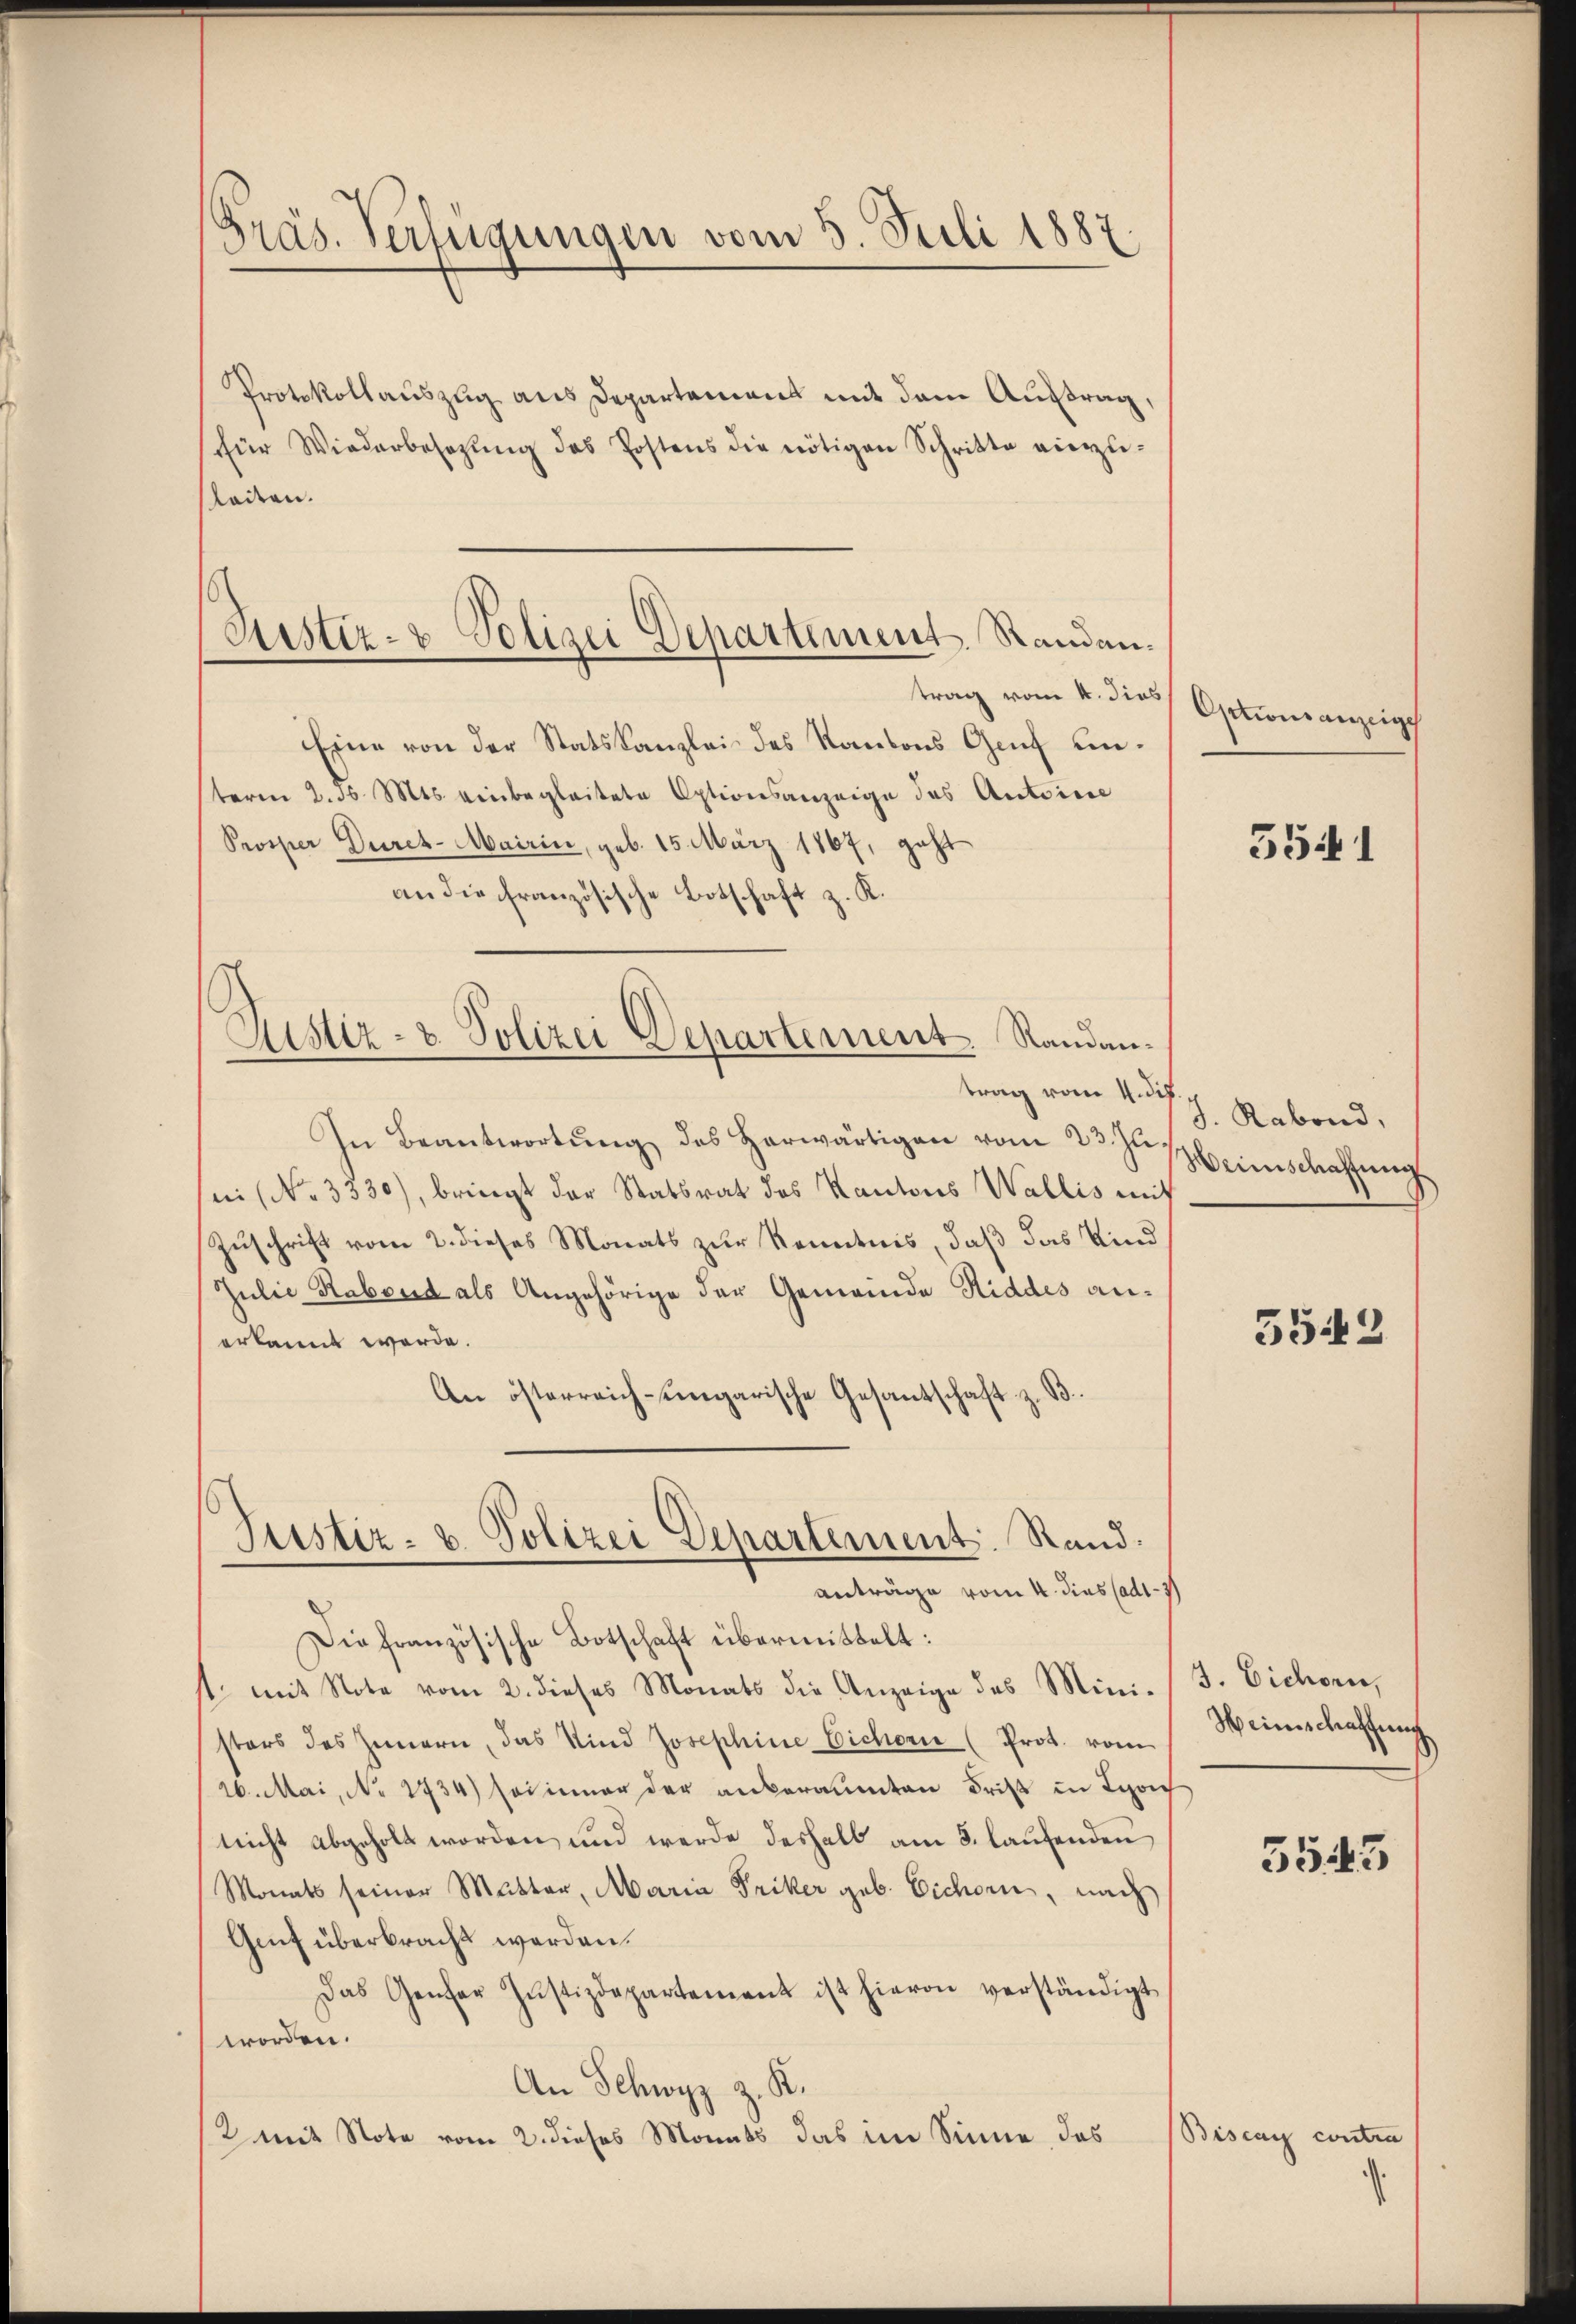
Gräs. Verfügungen vom 5. Juli 1887

Protokollauszug aus Departement mit dem Auftrag,
für Wiederbesetzŭng des Postens die nötigen Schritte vierzu-
Raiten.
trag vom 4. dies
Eine von der Statskanzlei des Kantons Genf einterm 2. d. Mts. einbegleitete Optionsanzeige des Antoine
Prosper Durch-Mairin, geb. 15. März 1867, geht
an die französische Botschaft z. K.

Justiz- & Polizei Departement. Randau.

Justiz- & Polizei Departement. Randan¬

trag vom 4. ds.
In Beantwortŭng des herwärtigen vom 23. Jus einschaffungs
n (No. 3330), bringt der Statsrat des Kantons Wallis mit
Zuschrift vom 2. dieses Monats zur Kenntnis, daß das Kind
Julie Rabend als Angehörige der Gemeinde Hiddes anerkannt werde.
An österreich-ungarische Gesandtschaft z. B.
Die französische Botschaft übermittelt:
1t. mit Note vom 2. dieses Monats die Anzeige des Mini-
sters des Innern, das Kind Josephine Eichern (Prot. vom
26. Mai, No 1734) sei inner der anberaumten Frist in Lyon
nicht abgeholt worden, und werde deshalb am 5. laufenden
Monats seiner Mutter, Maria Friker geb. Eichorn, nach
Grf überbracht werden.
Das Genfer Justizdepartement ist hievon verständigt
worden.
An Schwyz z. K.
/2 mit Note vom 2. dieses Monats das im Sinne, das

Justiz- u. Polizei Departement. Rand.
anträge vom 4. dies (adt- 37

Optionsanzeige

3541

J. Rabend,

5542

J. Eichorn,
Weinschaffung

5543

Biscay contra

.